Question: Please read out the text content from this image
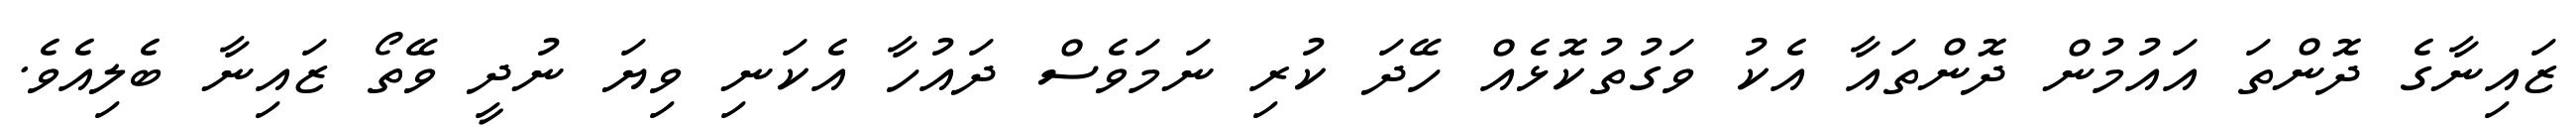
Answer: ޒައިނާގެ ދޮންތަ އައުމުން ދޮންތައާ އެކު ވަގުތުކޮޅެއް ހޭދަ ކުރި ނަމަވެސް ދައުހާ އެކަނި ވިޔަ ނުދީ ވޭތޯ ޒައިނާ ބެލިއެވެ.